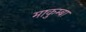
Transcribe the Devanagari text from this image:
माकुम्बा